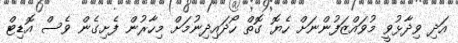
އަދި ވިދާޅުވީ މުވައްޒަފުންނަށް ހެޔޮ ގޮތް ހޯދައިދިނުމަށް މިހާރުން ފެށިގެން ވެސް އޮޑިޓް